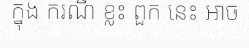
ក្នុង ករណី ខ្លះ ពួក នេះ អាច